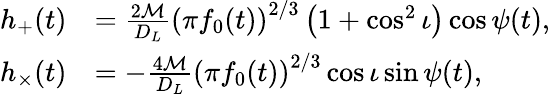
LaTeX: \begin{array}{rl}{h_{+}(t)}&{=\frac{2\mathcal{M}}{D_{L}}\left(\pi f_{0}(t)\right)^{2/3}\left(1+\cos^{2}\iota\right)\cos{\psi(t)},}\\ {h_{\times}(t)}&{=-\frac{4\mathcal{M}}{D_{L}}\left(\pi f_{0}(t)\right)^{2/3}\cos{\iota}\sin{\psi(t)},}\end{array}